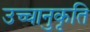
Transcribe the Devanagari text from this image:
उच्चानुकृति